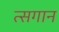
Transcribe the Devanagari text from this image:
त्सगान